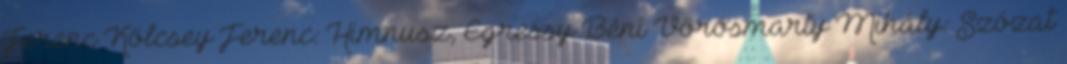
Ferenc Kölcsey Ferenc: Himnusz, Egressy Béni Vörösmarty Mihály: Szózat